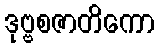
ဒုဗ္ဗစဇာတိကော